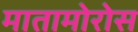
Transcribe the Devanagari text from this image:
मातामोरोस